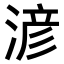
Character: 𣸥